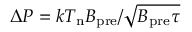
\Delta P = k T _ { \mathrm { n } } B _ { \mathrm { p r e } } / \sqrt { { B _ { \mathrm { p r e } } } \tau }